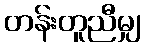
တန်းတူညီမျှ